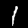
Digit: 1